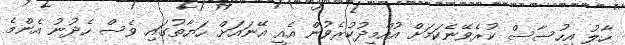
ހާލު އިހުސާސް ކުރެވޭނެކަމަށް އުއްމީދުކުރެވުން އެއީ އޭނައަށް ހަޔާތުގައި ވެސް ހެދުނު އެންމެ